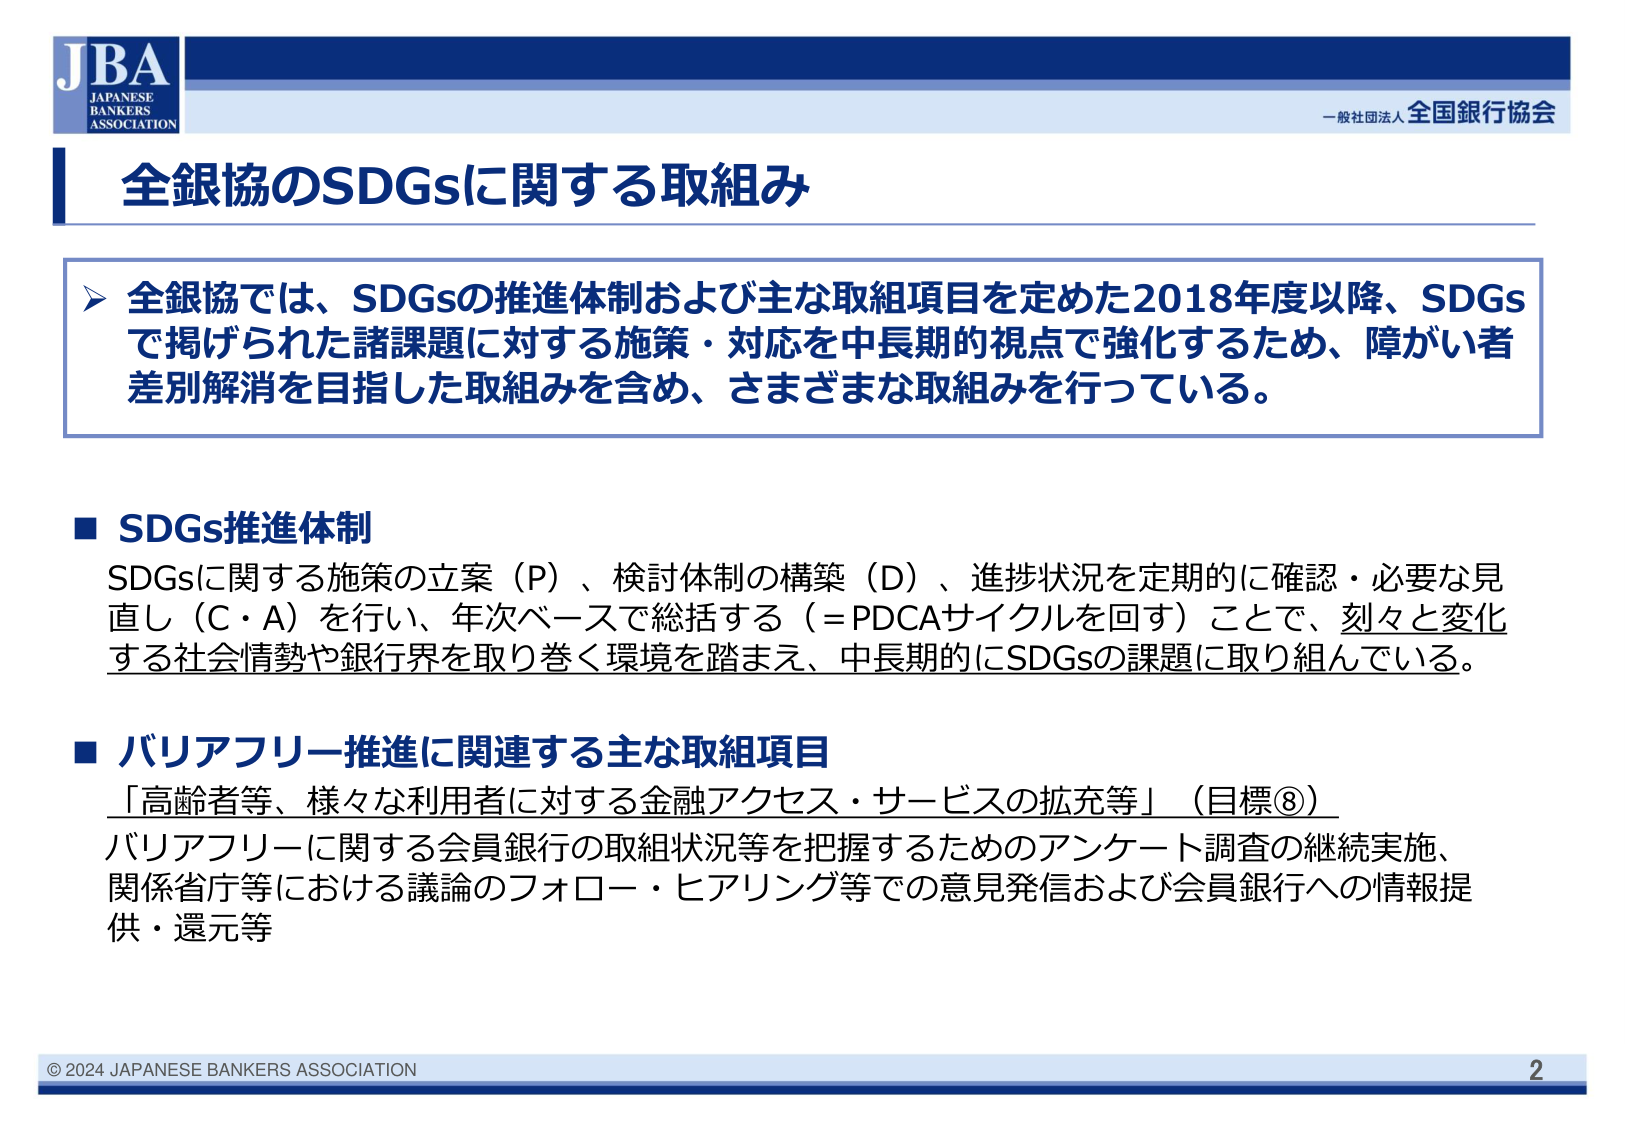
JBA
JAPANESE
BANKERS
ASSOCIATION

一般社団法人 全国銀行協会

全銀協のSDGsに関する取組み

➤ 全銀協では、SDGsの推進体制および主な取組項目を定めた2018年度以降、SDGsで掲げられた諸課題に対する施策・対応を中長期的視点で強化するため、障がい者差別解消を目指した取組みを含め、さまざまな取組みを行っている。

■ SDGs推進体制
SDGsに関する施策の立案（P）、検討体制の構築（D）、進捗状況を定期的に確認・必要な見直し（C・A）を行い、年次ベースで総括する（＝PDCAサイクルを回す）ことで、刻々と変化する社会情勢や銀行界を取り巻く環境を踏まえ、中長期的にSDGsの課題に取り組んでいる。

■ バリアフリー推進に関連する主な取組項目
「高齢者等、様々な利用者に対する金融アクセス・サービスの拡充等」（目標⑧）
バリアフリーに関する会員銀行の取組状況等を把握するためのアンケート調査の継続実施、
関係省庁等における議論のフォロー・ヒアリング等での意見発信および会員銀行への情報提供・還元等

© 2024 JAPANESE BANKERS ASSOCIATION
2